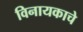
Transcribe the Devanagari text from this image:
विनायकाचे